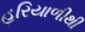
હરિયાળીથી